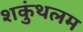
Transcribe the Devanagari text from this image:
शकुंथलम